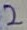
Text: 2